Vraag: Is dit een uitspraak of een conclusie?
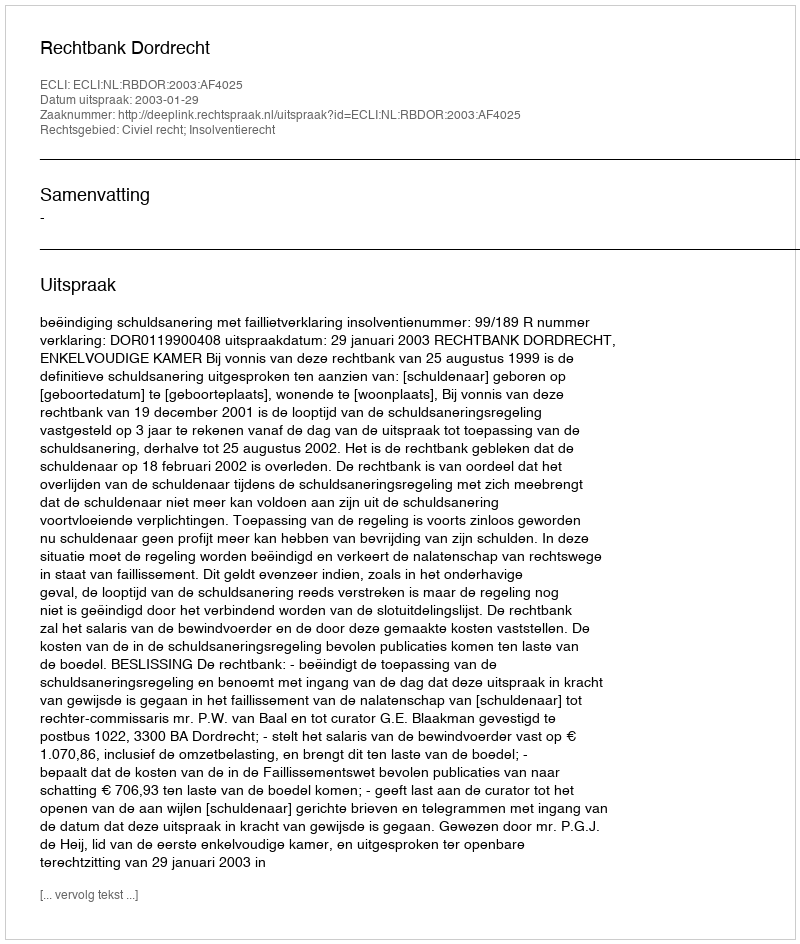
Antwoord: Uitspraak